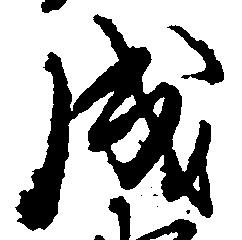
成